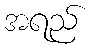
အရည်